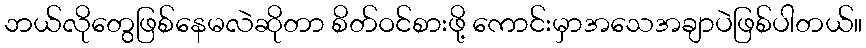
ဘယ်လိုတွေဖြစ်နေမလဲဆိုတာ စိတ်ဝင်စားဖို့ ကောင်းမှာအသေအချာပဲဖြစ်ပါတယ်။